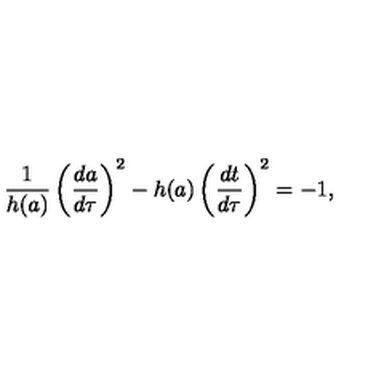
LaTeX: { \frac { 1 } { h ( a ) } } \left( { \frac { d a } { d \tau } } \right) ^ { 2 } - h ( a ) \left( { \frac { d t } { d \tau } } \right) ^ { 2 } = - 1 ,